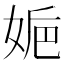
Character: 𡜮